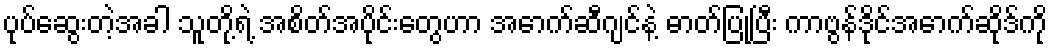
ပုပ်ဆွေးတဲ့အခါ သူတို့ရဲ့ အစိတ်အပိုင်းတွေဟာ အောက်ဆီဂျင်နဲ့ ဓာတ်ပြုပြီး ကာဗွန်ဒိုင်အောက်ဆိုဒ်ကို